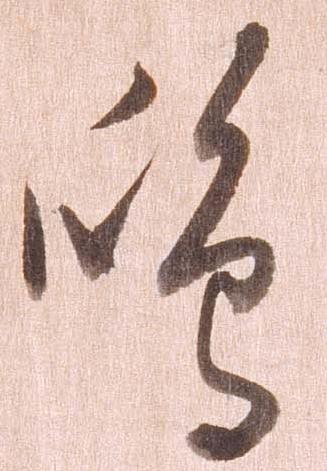
島